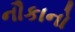
નૌકાનો